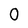
Character: 0